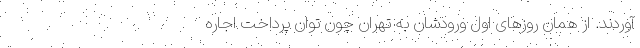
آوردند. از همان روزهای اول ورودشان به تهران چون توان پرداخت اجاره